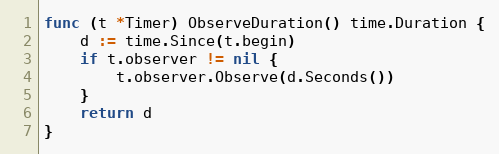
Language: Go
func (t *Timer) ObserveDuration() time.Duration {
	d := time.Since(t.begin)
	if t.observer != nil {
		t.observer.Observe(d.Seconds())
	}
	return d
}